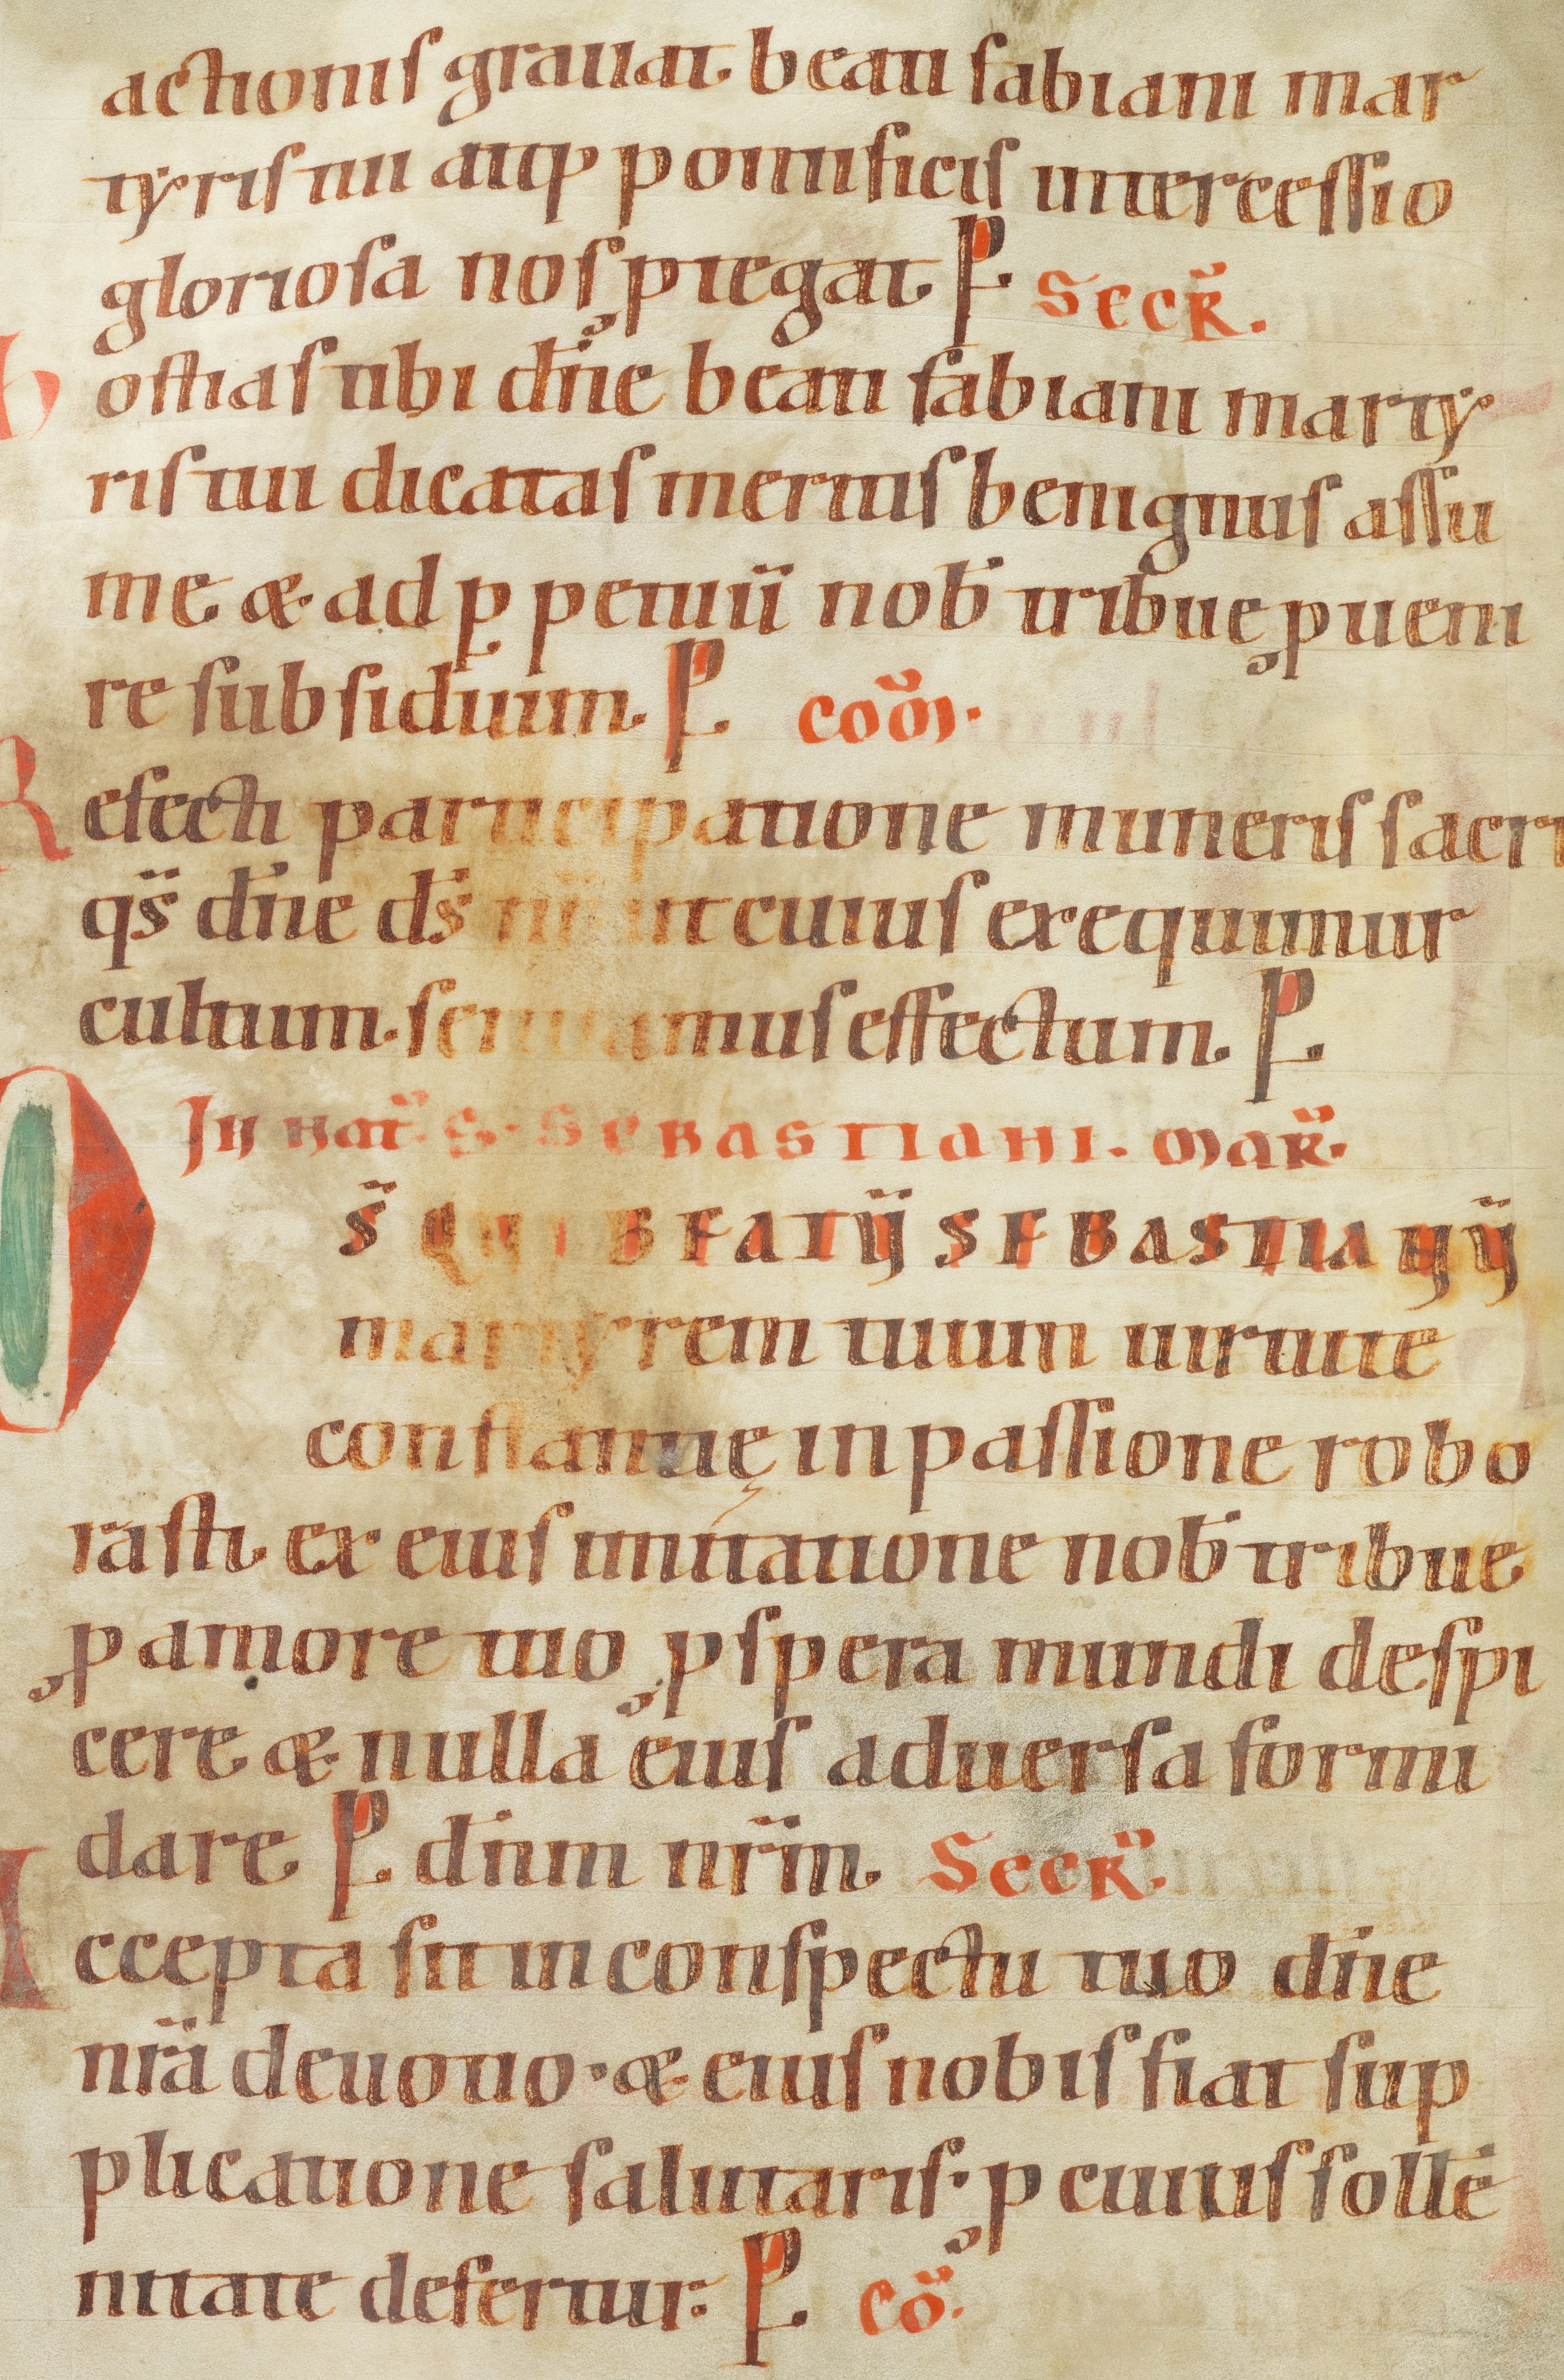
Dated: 1100–1199